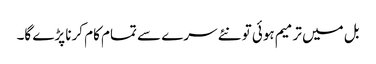
بل میں ترمیم ہوئی تو نئے سرے سے تمام کام کرنا پڑے گا۔